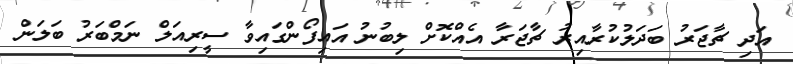
އަދި ޗާޖަރު ބަދަލުކުރާއިރު ޗާޖަރާ އެއްކޮށް ލިބުނު އައިފޯންގައިވާ ސީރިއަލް ނަމްބަރު ބަލަން